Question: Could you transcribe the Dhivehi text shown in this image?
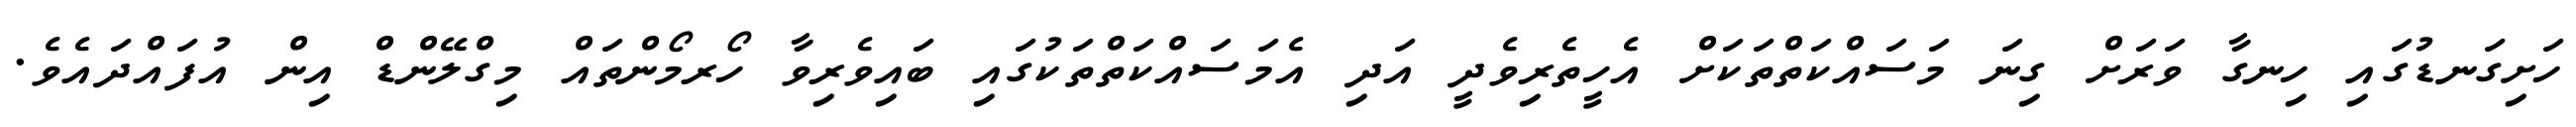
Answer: ހަށިގަނޑުގައި ހިނގާ ވަރަށް ގިނަ މަސައްކަތްތަކަށް އެހީތެރިވެދީ އަދި އެމަސައްކަތްތަކުގައި ބައިވެރިވާ ހޯރމޯންތައް މިގްލޭންޑް އިން އުފައްދައެވެ.